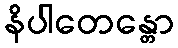
နိပါတေန္တော